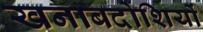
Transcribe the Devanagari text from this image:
खनाबदोशियों